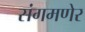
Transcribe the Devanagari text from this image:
संगमणेर